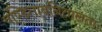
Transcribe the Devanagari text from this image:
पण्डितावनितालताः